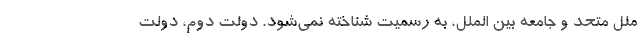
ملل متحد و جامعه بین الملل، به رسمیت شناخته نمی‌شود. دولت دوم، دولت